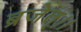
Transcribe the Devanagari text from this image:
ब्रजेत्।।